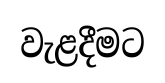
වැළදීමට